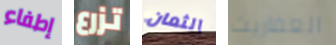
إطفاء تزرع الثمان العفاريت